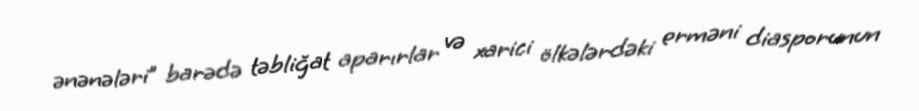
ənənələri” barədə təbliğat aparırlar və xarici ölkələrdəki erməni diasporunun